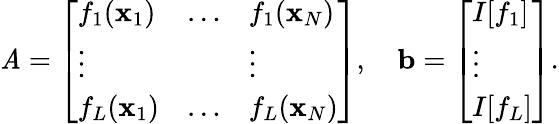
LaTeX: \mathit{A}=\left[\begin{array}{lll}{f_{1}(\mathbf{x}_{1})}&{\dots}&{f_{1}(\mathbf{x}_{N})}\\ {\vdots}&&{\vdots}\\ {f_{L}(\mathbf{x}_{1})}&{\dots}&{f_{L}(\mathbf{x}_{N})}\end{array}\right],\quad\mathbf{{b}}=\left[\begin{array}{l}{I[f_{1}]}\\ {\vdots}\\ {I[f_{L}]}\end{array}\right].